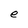
Character: e